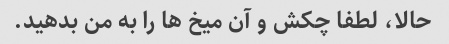
حالا، لطفا چکش و آن میخ ها را به من بدهید.